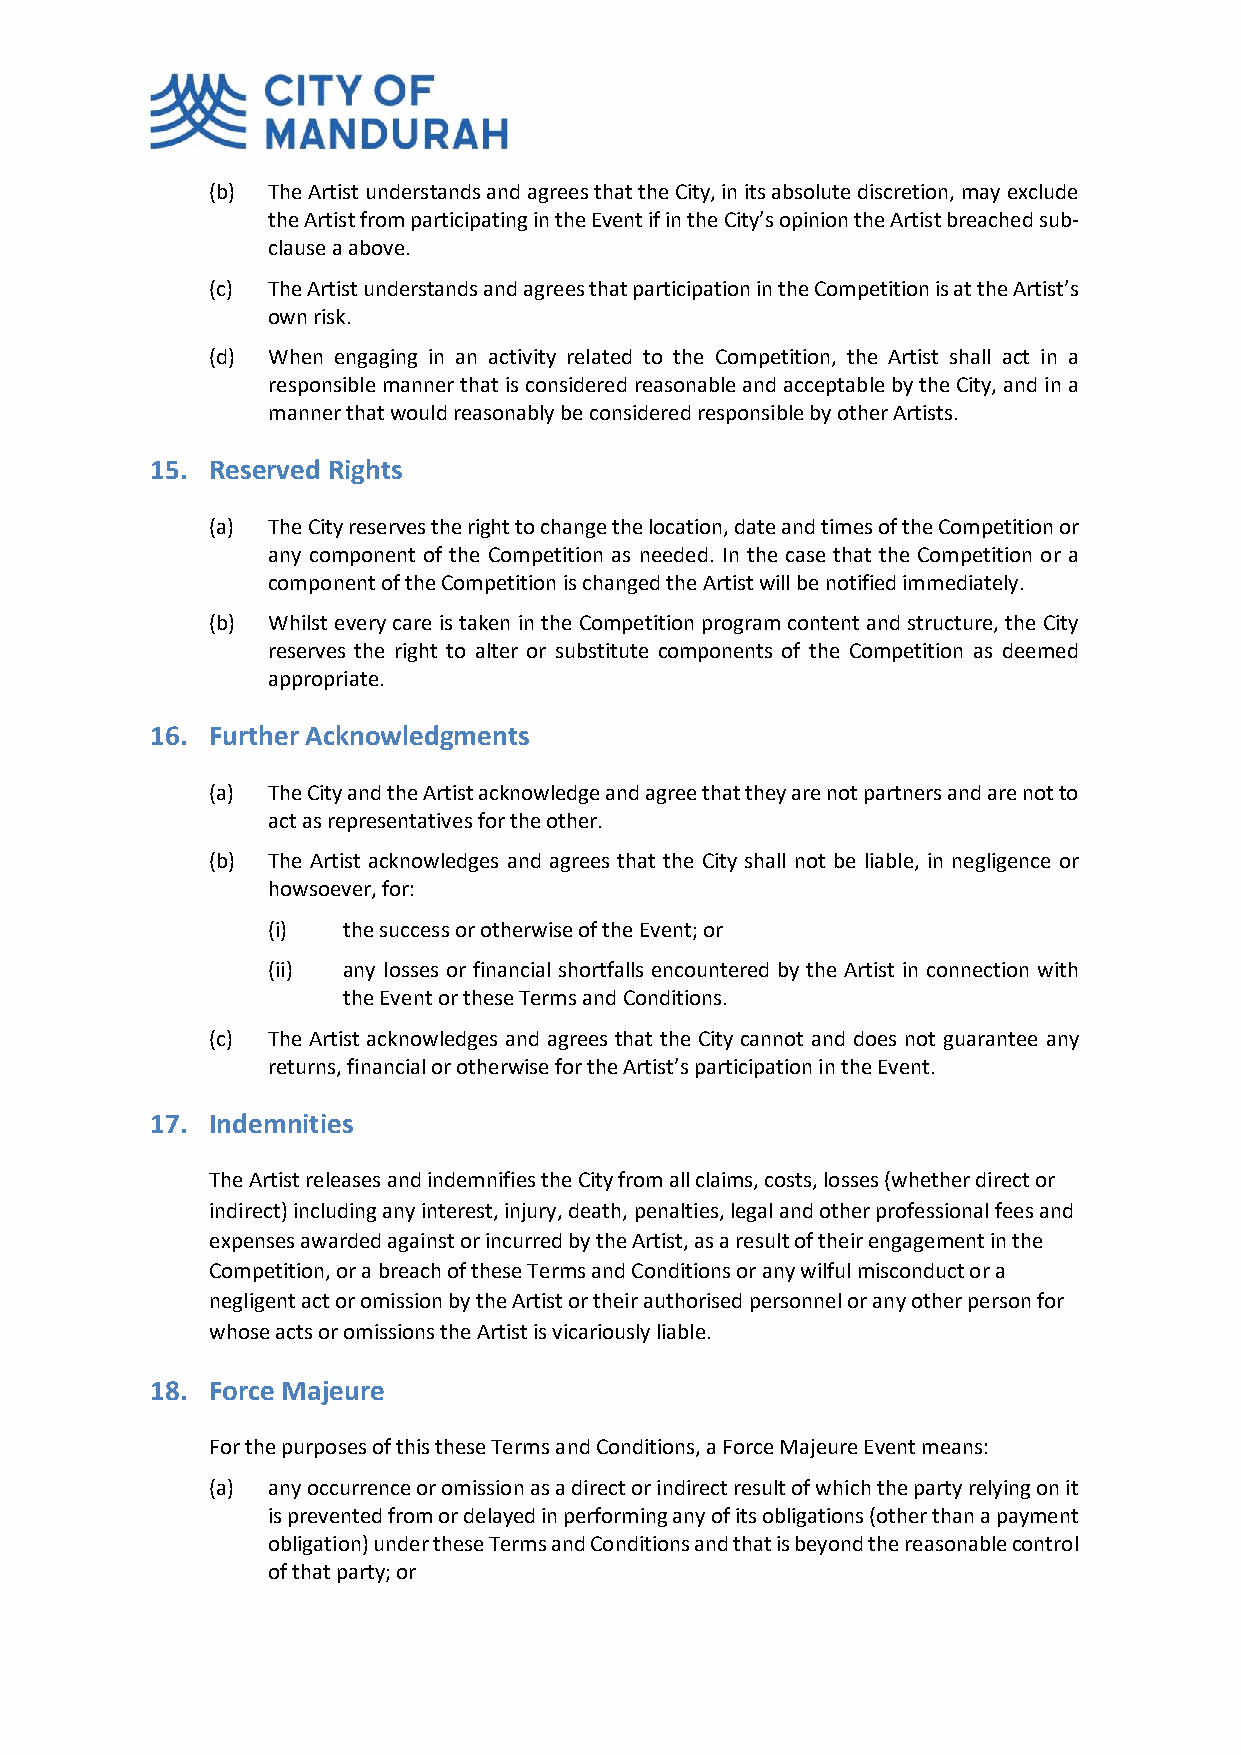
(b) The Artist understands and agrees that the City, in its absolute discretion, may exclude
 the Artist from participating in the Event if in the City’s opinion the Artist breached sub-
 clause a above.
 (c) The Artist understands and agrees that participation in the Competition is at the Artist’s
 own risk.
 (d) When engaging in an activity related to the Competition, the Artist shall act in a
 responsible manner that is considered reasonable and acceptable by the City, and in a
 manner that would reasonably be considered responsible by other Artists.
 15. Reserved Rights
 (a) The City reserves the right to change the location, date and times of the Competition or
 any component of the Competition as needed. In the case that the Competition or a
 component of the Competition is changed the Artist will be notified immediately.
 (b) Whilst every care is taken in the Competition program content and structure, the City
 reserves the right to alter or substitute components of the Competition as deemed
 appropriate.
 16. Further Acknowledgments
 (a) The City and the Artist acknowledge and agree that they are not partners and are not to
 act as representatives for the other.
 (b) The Artist acknowledges and agrees that the City shall not be liable, in negligence or
 howsoever, for:
 (i)  the success or otherwise of the Event; or
 (ii) any losses or financial shortfalls encountered by the Artist in connection with
 the Event or these Terms and Conditions.
 (c) The Artist acknowledges and agrees that the City cannot and does not guarantee any
 returns, financial or otherwise for the Artist’s participation in the Event.
 17. Indemnities
 The Artist releases and indemnifies the City from all claims, costs, losses (whether direct or
 indirect) including any interest, injury, death, penalties, legal and other professional fees and
 expenses awarded against or incurred by the Artist, as a result of their engagement in the
 Competition, or a breach of these Terms and Conditions or any wilful misconduct or a
 negligent act or omission by the Artist or their authorised personnel or any other person for
 whose acts or omissions the Artist is vicariously liable.
 18. Force Majeure
 For the purposes of this these Terms and Conditions, a Force Majeure Event means:
 (a) any occurrence or omission as a direct or indirect result of which the party relying on it
 is prevented from or delayed in performing any of its obligations (other than a payment
 obligation) under these Terms and Conditions and that is beyond the reasonable control
 of that party; or